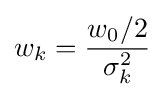
w_{k}={\frac {w_{0}/2}{\sigma _{k}^{2}}}